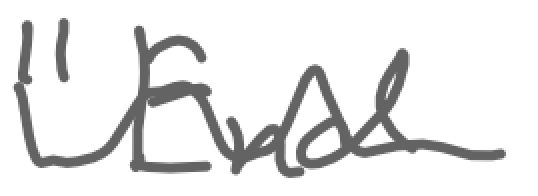
Text: "End
Cross-out: wave
Writing tool: digital_gray